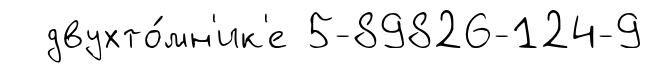
двухто́мн'ик'е 5-89826-124-9